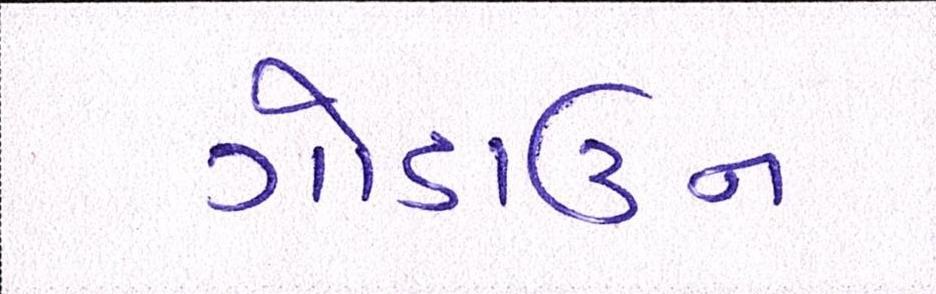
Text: ગોડાઉન